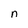
Character: n